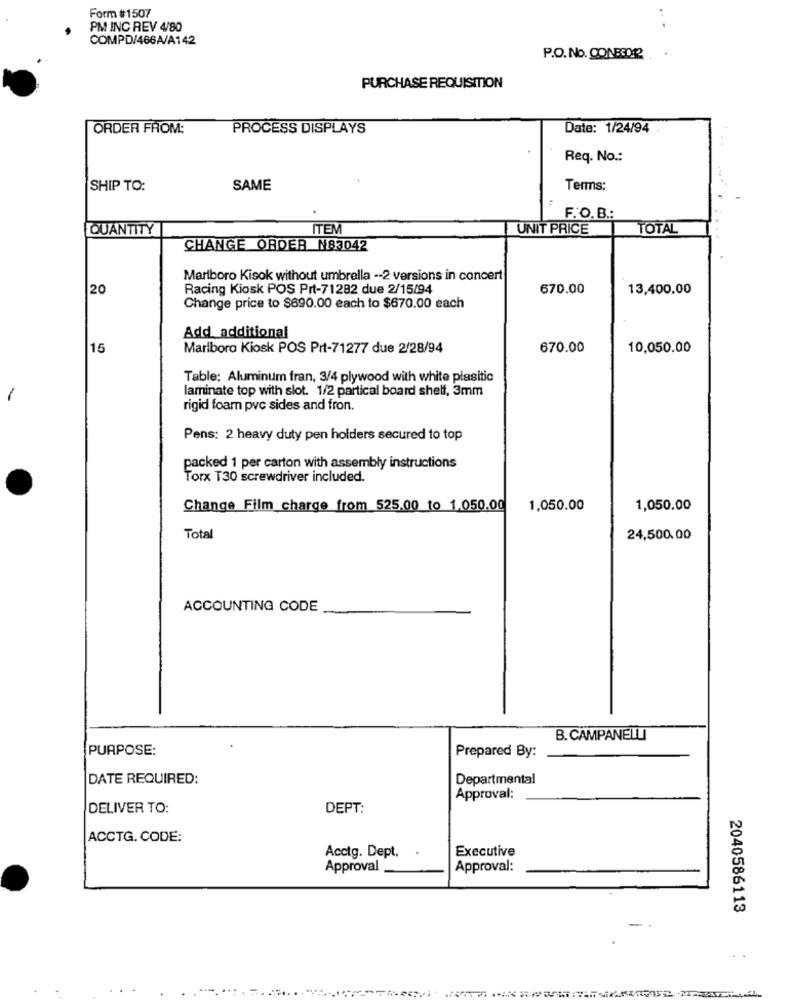
Form #1507
PM INC REV 4/80
COMPD/466A/A142
P.O. No. CONBOD12
PURCHASE REQUISITION
ORDER FROM:
PROCESS DISPLAYS
Date: 1/24/94
Req. No .:
SHIP TO:
SAME
Terms:
F. O. B .:
QUANTITY
ITEM
UNIT PRICE
TOTAL
CHANGE ORDER N83042
Marlboro Kisok without umbrella -- 2 versions in concert
20
Racing Kiosk POS Prt-71282 due 2/15/94
670.00
13,400,00
Change price to $690.00 each to $670.00 each
Add additional
15
Marlboro Kiosk POS Prt-71277 due 2/28/94
670.00
10,050.00
Table: Aluminum fran, 3/4 plywood with white plasitic
laminate top with slot. 1/2 partical board shelf, 3mm
-
rigid foam pvc sides and fron.
Pens: 2 heavy duty pen holders secured to top
packed 1 per carton with assembly instructions
Torx T30 screwdriver included.
Change Film charge from 525.00 to 1.050.00
1,050.00
1,050.00
Total
24,500.00
ACCOUNTING CODE
B. CAMPANELLI
PURPOSE:
Prepared By:
DATE REQUIRED:
Departmental
Approval:
DELIVER TO:
DEPT:
ACCTG. CODE:
Acctg. Dept.
Executive
Approval
Approval:
2040586113
. .